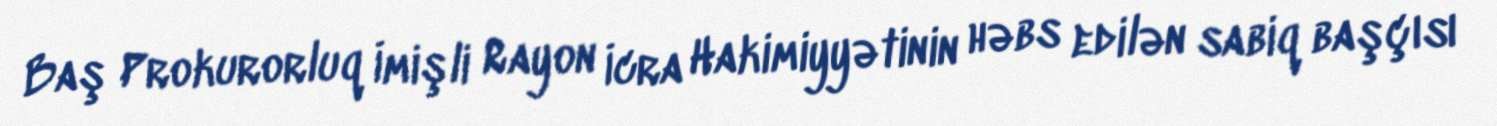
Baş Prokurorluq İmişli Rayon İcra Hakimiyyətinin həbs edilən sabiq başçısı